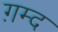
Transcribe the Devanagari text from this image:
ग़म्द